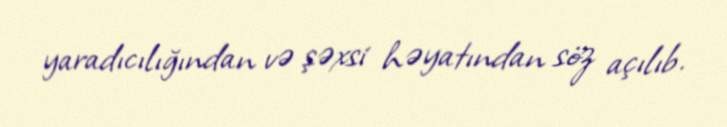
yaradıcılığından və şəxsi həyatından söz açılıb.